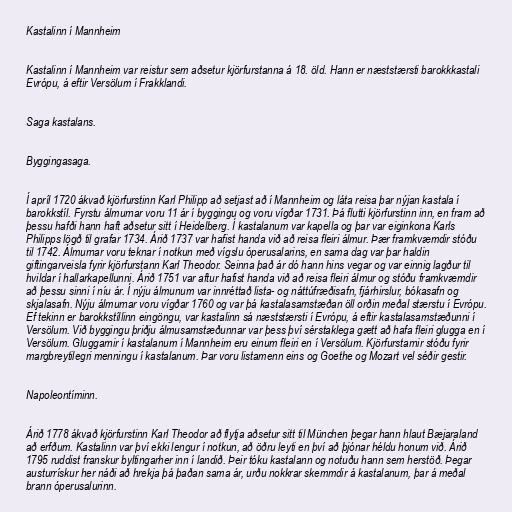
Kastalinn í Mannheim

Kastalinn í Mannheim var reistur sem aðsetur kjörfurstanna á 18. öld. Hann er næststærsti barokkkastali
Evrópu, á eftir Versölum í Frakklandi.

Saga kastalans.

Byggingasaga.

Í apríl 1720 ákvað kjörfurstinn Karl Philipp að setjast að í Mannheim og láta reisa þar nýjan kastala í
barokkstíl. Fyrstu álmurnar voru 11 ár í byggingu og voru vígðar 1731. Þá flutti kjörfurstinn inn, en fram að
þessu hafði hann haft aðsetur sitt í Heidelberg. Í kastalanum var kapella og þar var eiginkona Karls
Philipps lögð til grafar 1734. Árið 1737 var hafist handa við að reisa fleiri álmur. Þær framkvæmdir stóðu
til 1742. Álmurnar voru teknar í notkun með vígslu óperusalarins, en sama dag var þar haldin
giftingarveisla fyrir kjörfurstann Karl Theodor. Seinna það ár dó hann hins vegar og var einnig lagður til
hvildar í hallarkapellunni. Árið 1751 var aftur hafist handa við að reisa fleiri álmur og stóðu framkvæmdir
að þessu sinni í níu ár. Í nýju álmunum var innréttað lista- og náttúfræðisafn, fjárhirslur, bókasafn og
skjalasafn. Nýju álmurnar voru vígðar 1760 og var þá kastalasamstæðan öll orðin meðal stærstu í Evrópu.
Ef tekinn er barokkstíllinn eingöngu, var kastalinn sá næststærsti í Evrópu, á eftir kastalasamstæðunni í
Versölum. Við byggingu þriðju álmusamstæðunnar var þess því sérstaklega gætt að hafa fleiri glugga en í
Versölum. Gluggarnir í kastalanum í Mannheim eru einum fleiri en í Versölum. Kjörfurstarnir stóðu fyrir
margbreytilegri menningu í kastalanum. Þar voru listamenn eins og Goethe og Mozart vel séðir gestir.

Napoleontíminn.

Árið 1778 ákvað kjörfurstinn Karl Theodor að flytja aðsetur sitt til München þegar hann hlaut Bæjaraland
að erfðum. Kastalinn var því ekki lengur í notkun, að öðru leyti en því að þjónar héldu honum við. Árið
1795 ruddist franskur byltingarher inn í landið. Þeir tóku kastalann og notuðu hann sem herstöð. Þegar
austurrískur her náði að hrekja þá þaðan sama ár, urðu nokkrar skemmdir á kastalanum, þar á meðal
brann óperusalurinn.